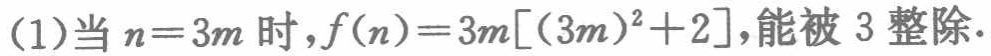
(1)当\(n = 3m\)时，\(f(n)=3m[(3m)^{2}+2]\)，能被 \(3\) 整除.